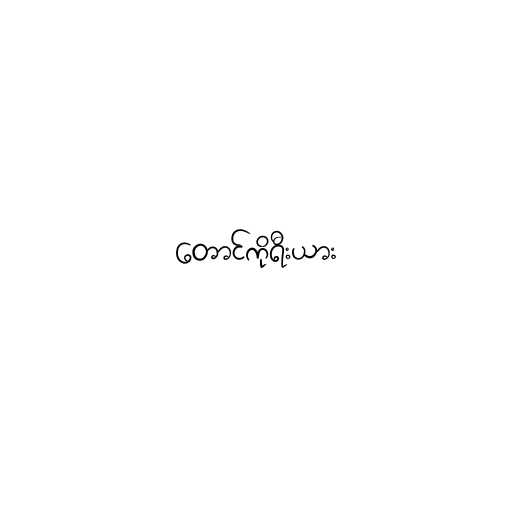
တောင်ကိုရီးယား